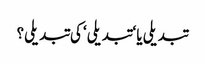
تبدیلی یا ‘تبدیلی‘ کی تبدیلی؟